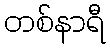
တစ်နာရီ